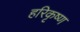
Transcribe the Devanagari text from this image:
हरिकृष्‍ण